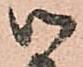
御